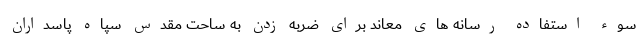
سوء استفاده رسانه های معاند برای ضربه زدن به ساحت مقدس سپاه پاسداران